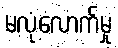
မလုံလောက်မှု